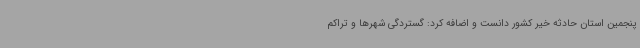
پنجمین استان حادثه خیر کشور دانست و اضافه کرد: گستردگی شهرها و تراکم